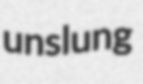
unslung